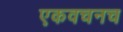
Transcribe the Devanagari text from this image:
एकवचनच